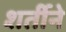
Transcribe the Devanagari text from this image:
शर्तीने